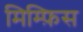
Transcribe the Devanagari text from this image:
मिम्फ़िस